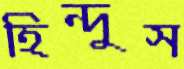
হিন্দুস